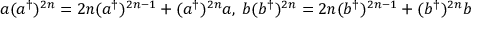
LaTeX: a ( a ^ { \dagger } ) ^ { 2 n } = 2 n ( a ^ { \dagger } ) ^ { 2 n - 1 } + ( a ^ { \dagger } ) ^ { 2 n } a , \; b ( b ^ { \dagger } ) ^ { 2 n } = 2 n ( b ^ { \dagger } ) ^ { 2 n - 1 } + ( b ^ { \dagger } ) ^ { 2 n } b